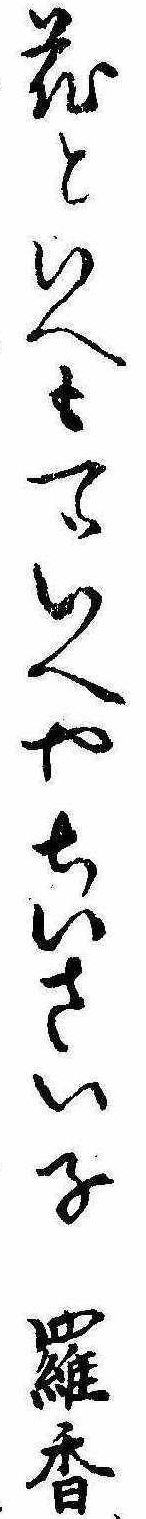
花といへも一ついへやちいさい子羅香